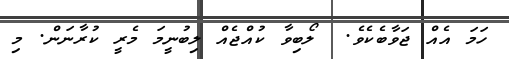
ހަމަ އެއް ޖަވާބެކެވެ.  ލޯބިވާ ކުއްޖެއް ލިބުނީމަ މެރީ ކުރާނަން. މި